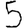
Digit: 5